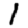
Digit: 1